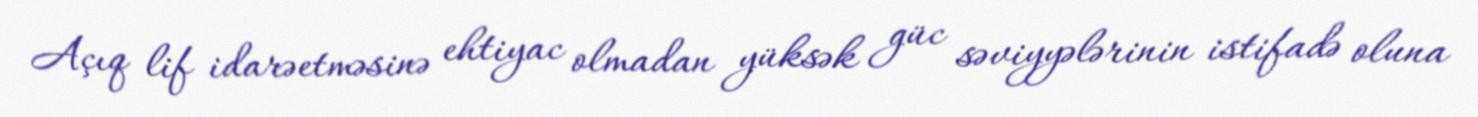
Açıq lif idarəetməsinə ehtiyac olmadan yüksək güc səviyyələrinin istifadə oluna